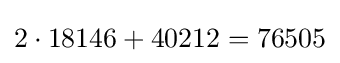
2\cdot 18146+40212=76505